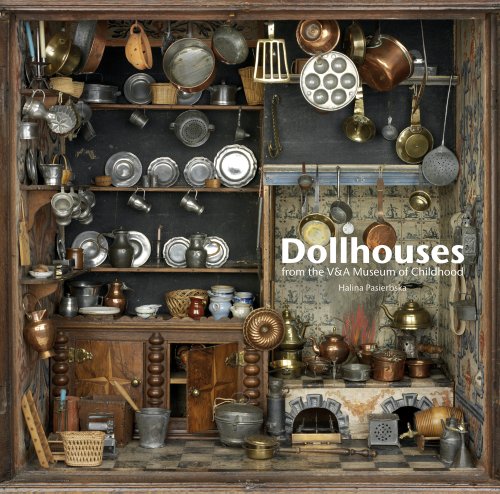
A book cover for Dollhouses: From the V&A Museum of Childhood; Halina Pasierbska; Crafts, Hobbies & Home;